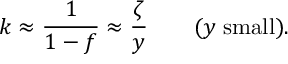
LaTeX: k \approx { \frac { 1 } { 1 - f } } \approx { \frac { \zeta } { y } } \qquad ( y \; \mathrm { s m a l l } ) .